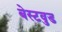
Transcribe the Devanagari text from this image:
बेस्टवुड